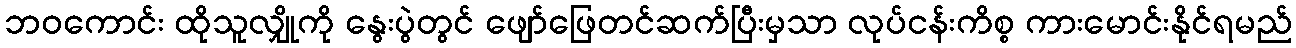
ဘဝကောင်း ထိုသူလျှိုကို နွေးပွဲတွင် ဖျော်ဖြေတင်ဆက်ပြီးမှသာ လုပ်ငန်းကိစ္စ ကားမောင်းနိုင်ရမည်